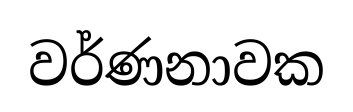
වර්ණනාවක